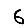
Digit: 6